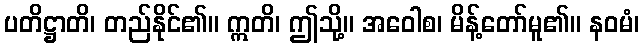
ပတိဋ္ဌာတိ၊ တည်နိုင်၏။ ဣတိ၊ ဤသို့။ အဝေါစ၊ မိန့်တော်မူ၏။ နဝမံ၊